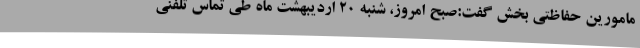
مامورین حفاظتی بخش گفت:صبح امروز، شنبه 20 اردیبهشت ماه طی تماس تلفنی